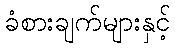
ခံစားချက်များနှင့်